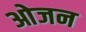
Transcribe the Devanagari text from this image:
ओजन